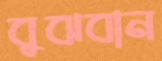
বুঝবান